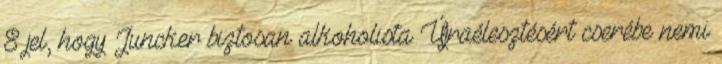
8 jel, hogy Juncker biztosan alkoholista Újraélesztésért cserébe nemi